Investigations on Bengal jail dietaries - Number 37
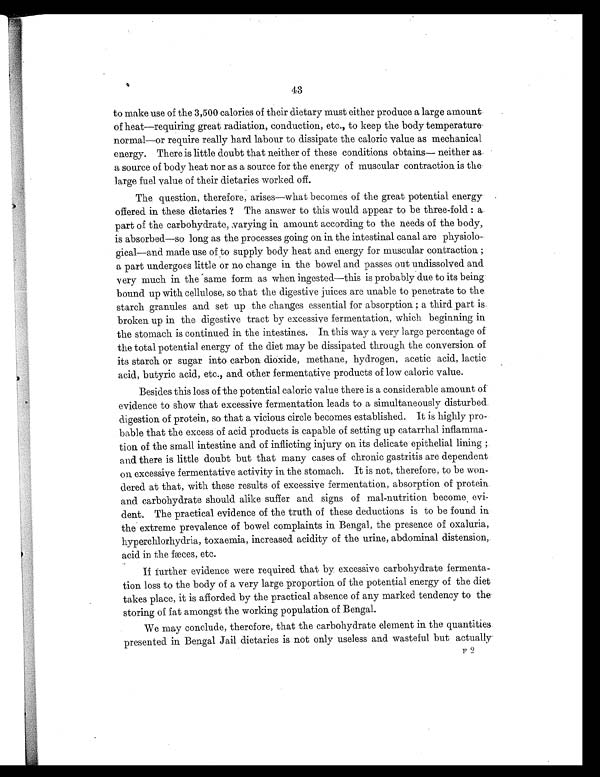
43
to make use of the 3,500 calories of their dietary must either produce a large amount
of heat—requiring great radiation, conduction, etc., to keep the body temperature.
normal—or require really hard labour to dissipate the caloric value as mechanical
energy. There is little doubt that neither of these conditions obtains— neither as.
a source of body heat nor as a source for the energy of muscular contraction is the
large fuel value of their dietaries worked off.
The question, therefore, arises—what becomes of the great potential energy
offered in these dietaries ? The answer to this would appear to be three-fold : a
part of the carbohydrate, varying in amount according to the needs of the body,
is absorbed—so long as the processes going on in the intestinal canal are physiolo-
gical—and made use of to supply body heat and energy for muscular contraction ;
a part undergoes little or no change in the bowel and passes out undissolved and
very much in the same form as when ingested—this is probably due to its being
bound up with cellulose, so that the digestive juices are unable to penetrate to the
starch granules and set up the changes essential for absorption ; a third part is
broken up in the digestive tract by excessive fermentation, which beginning in
the stomach is continued in the intestines. In this way a very large percentage of
the total potential energy of the diet may be dissipated through the conversion of
its starch or sugar into carbon dioxide, methane, hydrogen, acetic acid, lactic
acid, butyric acid, etc., and other fermentative products of low caloric value.
Besides this loss of the potential caloric value there is a considerable amount of
evidence to show that excessive fermentation leads to a simultaneously disturbed
digestion of protein, so that a vicious circle becomes established. It is highly pro-
bable that the excess of acid products is capable of setting up catarrhal inflamma-
tion of the small intestine and of inflicting injury on its delicate epithelial lining ;
and there is little doubt but that many cases of chronic gastritis are dependent
on excessive fermentative activity in the stomach. It is not, therefore, to be won--
dered at that, with these results of excessive fermentation, absorption of protein
and carbohydrate should alike suffer and signs of mal-nutrition become evi-
-dent. The practical evidence of the truth of these deductions is to be found in
the extreme prevalence of bowel complaints in Bengal, the presence of oxaluria,
hyperchlorhydria, toxaemia, increased acidity of the urine, abdominal distension,
acid in the fæces, etc.
If further evidence were required that by excessive carbohydrate fermenta-
tion loss to the body of a very large proportion of the potential energy of the diet
takes place, it is afforded by the practical absence of any marked tendency to the
storing of fat amongst the working population of Bengal.
We may conclude, therefore, that the carbohydrate element in the quantities
presented in Bengal Jail dietaries is not only useless and wasteful but actually